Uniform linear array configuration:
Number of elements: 16
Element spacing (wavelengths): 0.25
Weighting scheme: binomial
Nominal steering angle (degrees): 45
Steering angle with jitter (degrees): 45.007
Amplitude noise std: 0.05
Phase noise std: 0.05

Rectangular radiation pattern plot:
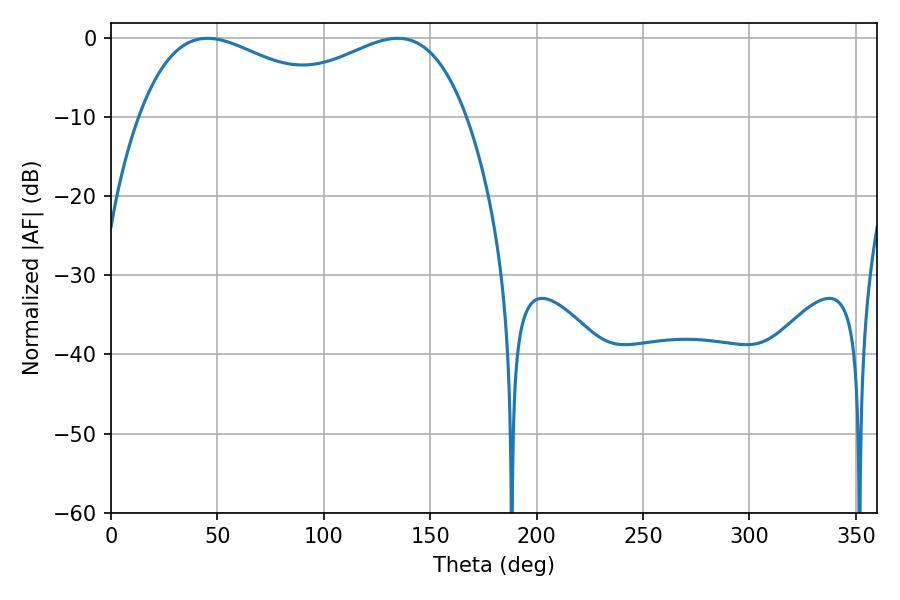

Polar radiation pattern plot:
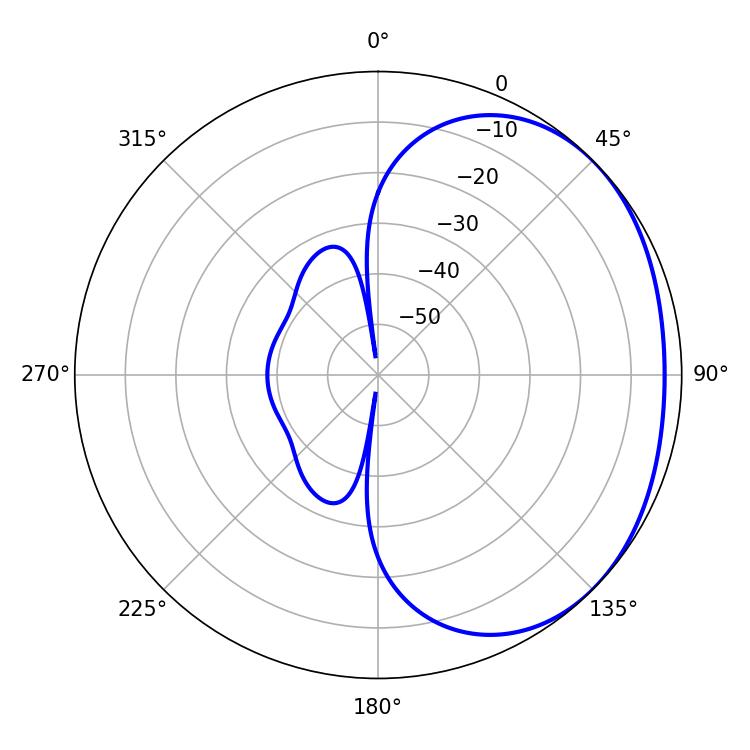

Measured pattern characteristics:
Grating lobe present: FALSE
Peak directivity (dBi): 1.798
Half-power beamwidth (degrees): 53.64
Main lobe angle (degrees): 45.36